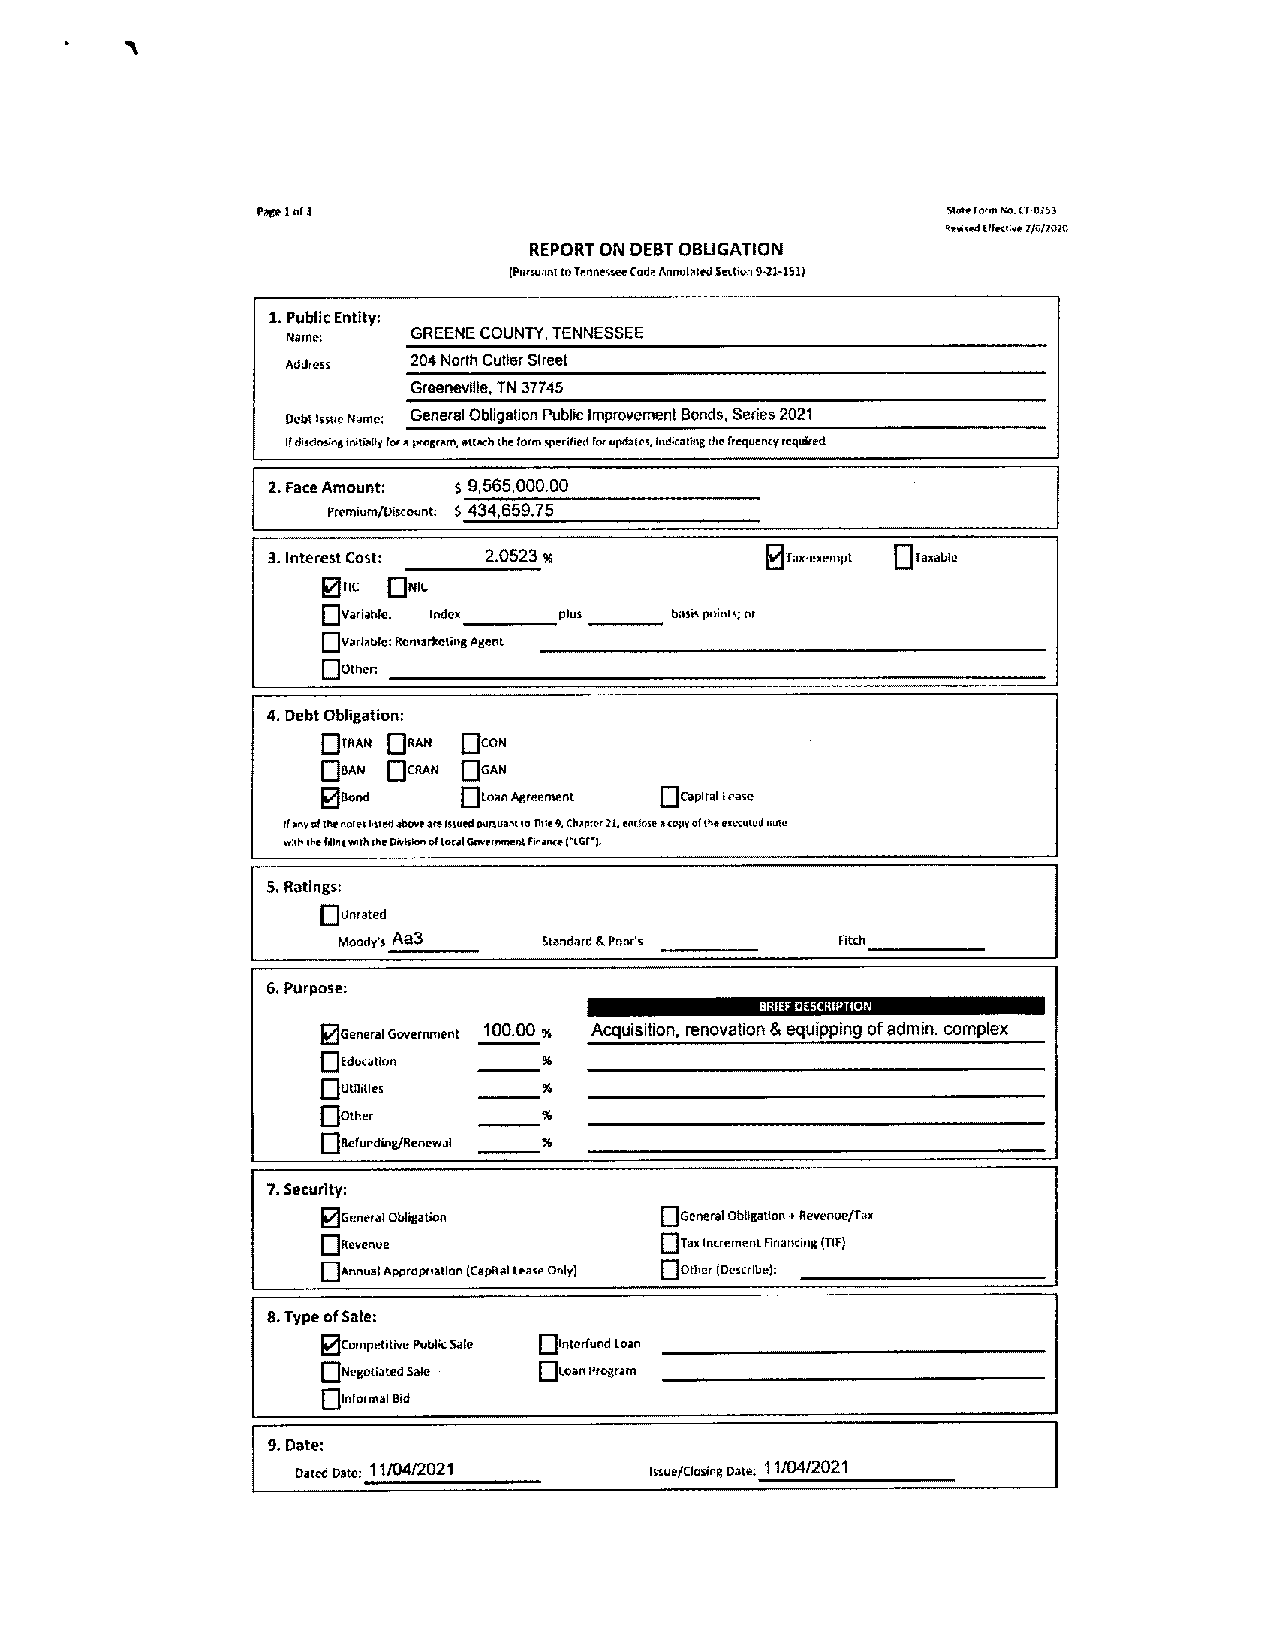
PateIof3                                      Slot.ron,, No.CT-0153
 Rnft,dttlnPi,e7/0/2010
 REPORTONDEBTOBLIGATION
 (PiuouanltoTenpiecteeCodeAnr,oIaIedSotto,9-21-151)
 1.Public Entity:
 Marco:  GREENECOUNTY,TENNESSEE
 Address 204NorthCutlerStreet
 Greeneville,TN37745
 DebtIssucName: General ObligalionPublicImprovementBonds,Series2021
 Ifdisclnsingir,itiallyfeeapeogram,attachtheloomspecifiedfoeupdates.kodicatliigthetrequencyrequireti
 2.FaceAmount: $ 9,565,000.00
 Premium/Discount: $434,659.75
 3.InterestCost: 2.0523 ~         RTaK.esennpt TjTaaable
 DrIc jJNK
 fl
 Variable: Index plus basicpui.sIc;or
 U
 Variable:Ren.arlcetingAgent
 U
 4. DebtObligation:
 OmAN     OWN
 DRAN
 0    D~’~
 BAN    DEAN
 Bond   !:Loan Agreement Ocapital eate
 IfateofthesolesI,ciaolaboveaceIssoed e,,nua,tsofl,l.9,chanterii, toeroseacopyofthee,ec,tcdnate
 esh l,e1,1hzactSoh.D,vlaie,oflocalGe.,e,,,m.r,trpnance ‘tEll,
 5.RatIngs:
 Unrated
 Aa3
 Moodys        Standard &Poor’s   Fitch
 6.Purpose:
 BRIEFDESCRIPTION
 ~General Government 100.00 ~ Acquisition, renovation & equippingofadmin. complex
 D~~1bn~~
 UtIlitIes
 flother
 t:i
 Refunding/Renewal
 7.Security:
 c:i
 GenemlObligation     i:iGeneralObligation+Revenue/Tao
 0
 Revenue               Ta,Intre,ner,lririarpci,,g(119
 ~J                     fl
 AnnualAppropriationICapilalteaseonly) Other Describe):
 8.Type ofSale:
 ~CompetitivePublic Sale toan
 I:ILoa.i
 NegotiatedSale  Program
 D
 InformalBid
 9.Date:
 DatedDate: 11/04/2021  Issue/ClosingDate: 11/04/2021